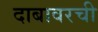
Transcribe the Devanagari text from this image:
दाबावरची